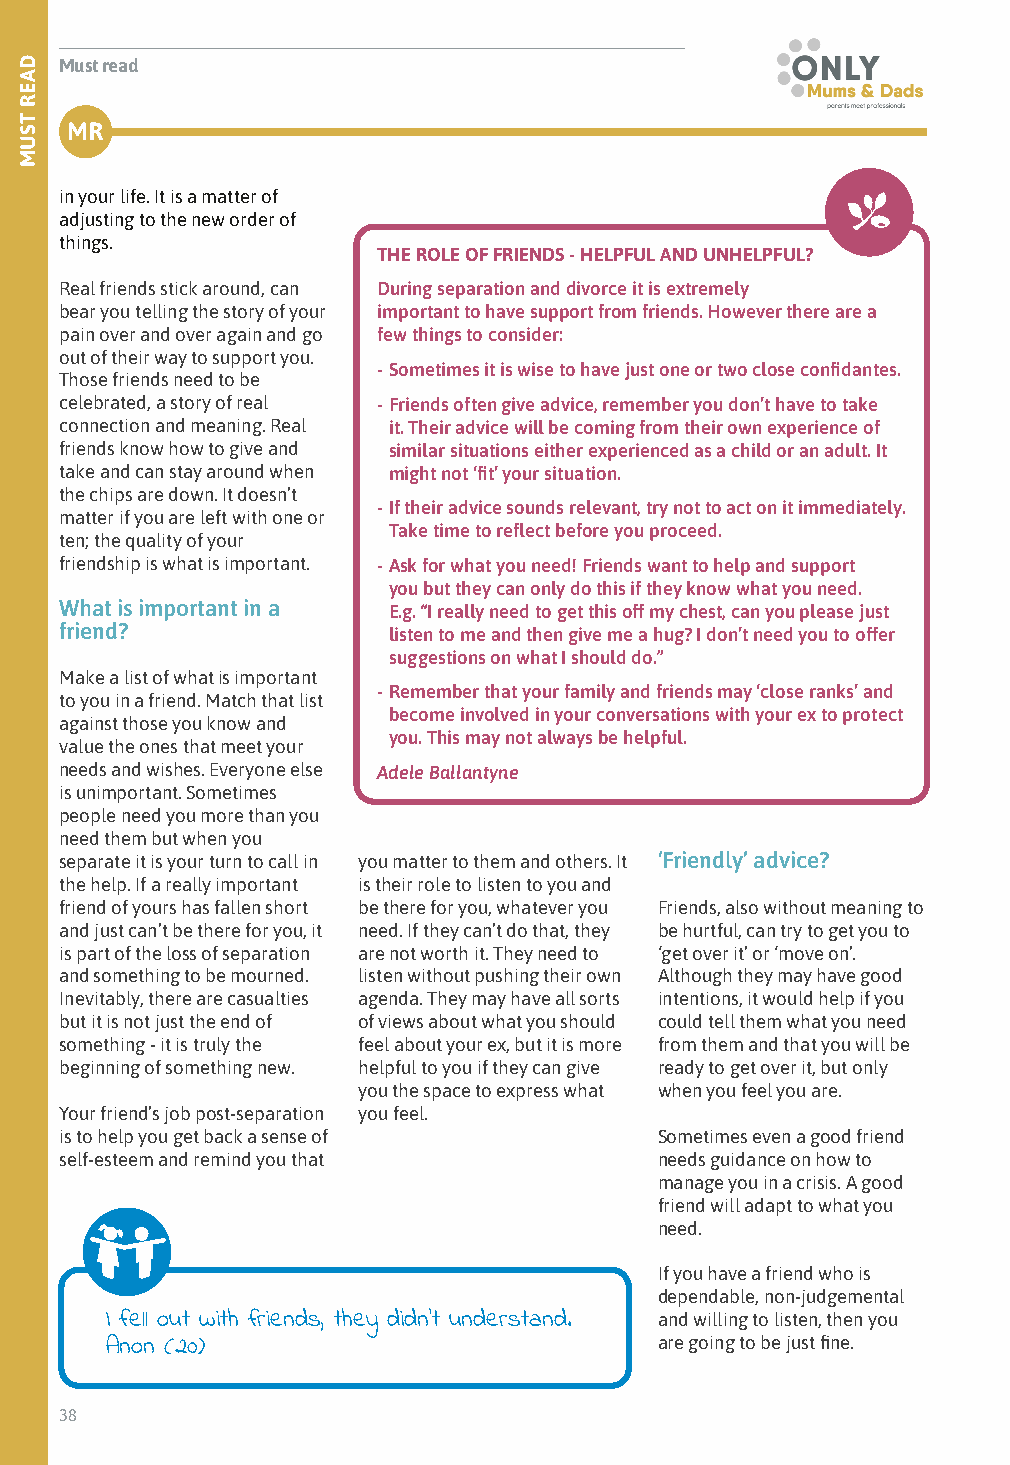
Must read
 MR
 in your life. It is a matter of
 adjusting to the new order of
 things.
 THE ROLE OF FRIENDS - HELPFUL AND UNHELPFUL?
 Real friends stick around, can During separation and divorce it is extremely
 bear you telling the story of your important to have support from friends. However there are a
 pain over and over again and go few things to consider:
 out of their way to support you.
 - Sometimes it is wise to have just one or two close confidantes.
 Those friends need to be
 celebrated, a story of real - Friends often give advice, remember you don’t have to take
 connection and meaning. Real it. Their advice will be coming from their own experience of
 friends know how to give and similar situations either experienced as a child or an adult. It
 take and can stay around when might not ‘fit’ your situation.
 the chips are down. It doesn’t
 - If their advice sounds relevant, try not to act on it immediately.
 matter if you are left with one or
 Take time to reflect before you proceed.
 ten; the quality of your
 friendship is what is important. - Ask for what you need! Friends want to help and support
 you but they can only do this if they know what you need.
 What is important in a E.g. “I really need to get this off my chest, can you please just
 friend?               listen to me and then give me a hug? I don’t need you to offer
 suggestions on what I should do.”
 Make a list of what is important
 - Remember that your family and friends may ‘close ranks’ and
 to you in a friend. Match that list
 become involved in your conversations with your ex to protect
 against those you know and
 you. This may not always be helpful.
 value the ones that meet your
 needs and wishes. Everyone else Adele Ballantyne
 is unimportant. Sometimes
 people need you more than you
 need them but when you
 separate it is your turn to call in you matter to them and others. It ‘Friendly’ advice?
 the help. If a really important is their role to listen to you and
 friend of yours has fallen short be there for you, whatever you Friends, also without meaning to
 and just can’t be there for you, it need. If they can’t do that, they be hurtful, can try to get you to
 is part of the loss of separation are not worth it. They need to ‘get over it’ or ‘move on’.
 and something to be mourned. listen without pushing their own Although they may have good
 Inevitably, there are casualties agenda. They may have all sorts intentions, it would help if you
 but it is not just the end of of views about what you should could tell them what you need
 something - it is truly the feel about your ex, but it is more from them and that you will be
 beginning of something new. helpful to you if they can give ready to get over it, but only
 you the space to express what when you feel you are.
 Your friend’s job post-separation you feel.
 is to help you get back a sense of      Sometimes even a good friend
 self-esteem and remind you that         needs guidance on how to
 manage you in a crisis. A good
 friend will adapt to what you
 need.
 If you have a friend who is
 dependable, non-judgemental
 I fell out with friends, they didn’t understand. and willing to listen, then you
 Anon (20)                            are going to be just fine.
 38
 DAER
 TSUM